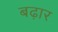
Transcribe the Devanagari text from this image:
बढ़ार